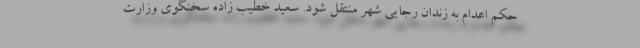
حکم اعدام به زندان رجایی شهر منتقل شود. سعید خطیب زاده سخنگوی وزارت